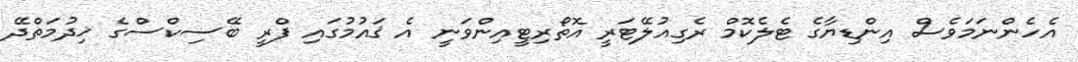
އެހެންނަމަވެސް އިންޑިޔާގެ ޓެލެކޮމް ރެގިއުލޭޓަރީ އޮތޯރިޓީއިންވަނީ އެ ޤައުމުގައި ފްރީ ބޭސިކްސްގެ ޚިދުމަތްދޭ